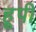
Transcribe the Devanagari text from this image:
हूपी